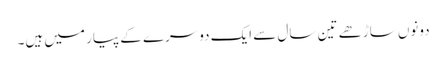
دونوں ساڑھے تین سال سے ایک دوسرے کے پیار میں ہیں۔